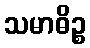
သမာဓိဉ္စ